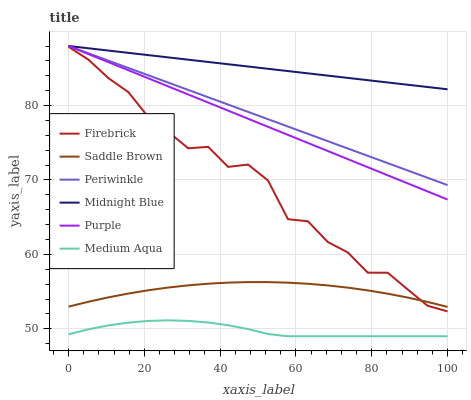
| xaxis_label | Firebrick | Saddle Brown | Periwinkle | Midnight Blue | Purple | Medium Aqua |
 | --- | --- | --- | --- | --- | --- | --- |
 | 0 | 87.9 | 53 | 88 | 88 | 88 | 49.3 |
 | 5.26 | 86.2 | 53.6 | 87 | 87.7 | 86.9 | 49.9 |
 | 10.5 | 83.7 | 54.2 | 86 | 87.4 | 85.8 | 50.5 |
 | 15.8 | 81.8 | 54.7 | 85 | 87.1 | 84.7 | 50.8 |
 | 21.1 | 78.4 | 55.2 | 84.1 | 86.8 | 83.7 | 51.1 |
 | 26.3 | 76.5 | 55.5 | 83.1 | 86.5 | 82.6 | 51.1 |
 | 31.6 | 74.3 | 55.8 | 82.1 | 86.2 | 81.5 | 51.1 |
 | 36.8 | 74.5 | 56.1 | 81.1 | 85.9 | 80.4 | 50.8 |
 | 42.1 | 71.8 | 56.2 | 80.1 | 85.6 | 79.3 | 50.5 |
 | 47.4 | 72.1 | 56.3 | 79.1 | 85.2 | 78.2 | 50 |
 | 52.6 | 69.9 | 56.3 | 78.2 | 84.9 | 77.1 | 49.3 |
 | 57.9 | 64.7 | 56.2 | 77.2 | 84.6 | 76.1 | 49 |
 | 63.2 | 64.5 | 56.1 | 76.2 | 84.3 | 75 | 49 |
 | 68.4 | 61.7 | 55.8 | 75.2 | 84 | 73.9 | 49 |
 | 73.7 | 60.3 | 55.5 | 74.2 | 83.7 | 72.8 | 49 |
 | 78.9 | 57.5 | 55.2 | 73.2 | 83.4 | 71.7 | 49 |
 | 84.2 | 57.5 | 54.7 | 72.3 | 83.1 | 70.6 | 49 |
 | 89.5 | 55.3 | 54.2 | 71.3 | 82.8 | 69.5 | 49 |
 | 94.7 | 53.1 | 53.6 | 70.3 | 82.5 | 68.5 | 49 |
 | 100 | 52.3 | 52.9 | 69.3 | 82.2 | 67.4 | 49 |